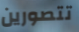
تتصورين